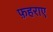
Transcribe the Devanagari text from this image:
फ़हराए